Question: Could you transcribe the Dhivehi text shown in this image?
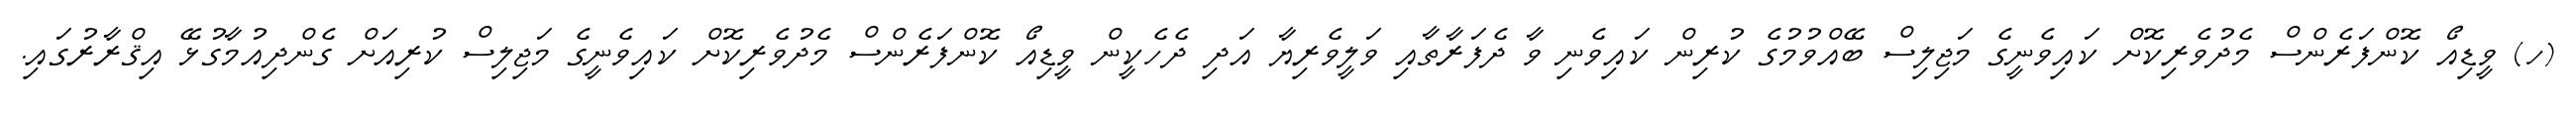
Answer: (ހ) ވީޑިއޯ ކޮންފަރެންސް މެދުވެރިކޮށް ކައިވެނީގެ މަޖިލިސް ބޭއްވުމުގެ ކުރިން ކައިވެނި ވާ ދެފަރާތާއި ވަލީވެރިޔާ އަދި ދެހެކީން ވީޑިއޯ ކޮންފަރެންސް މެދުވެރިކޮށް ކައިވެނީގެ މަޖިލިސް ކުރިއަށް ގެންދިއުމާގުޅޭ އިޤްރާރުގައި.